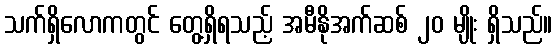
သက်ရှိလောကတွင် တွေ့ရှိရသည့် အမီနိုအက်ဆစ် ၂၀ မျိုး ရှိသည်။